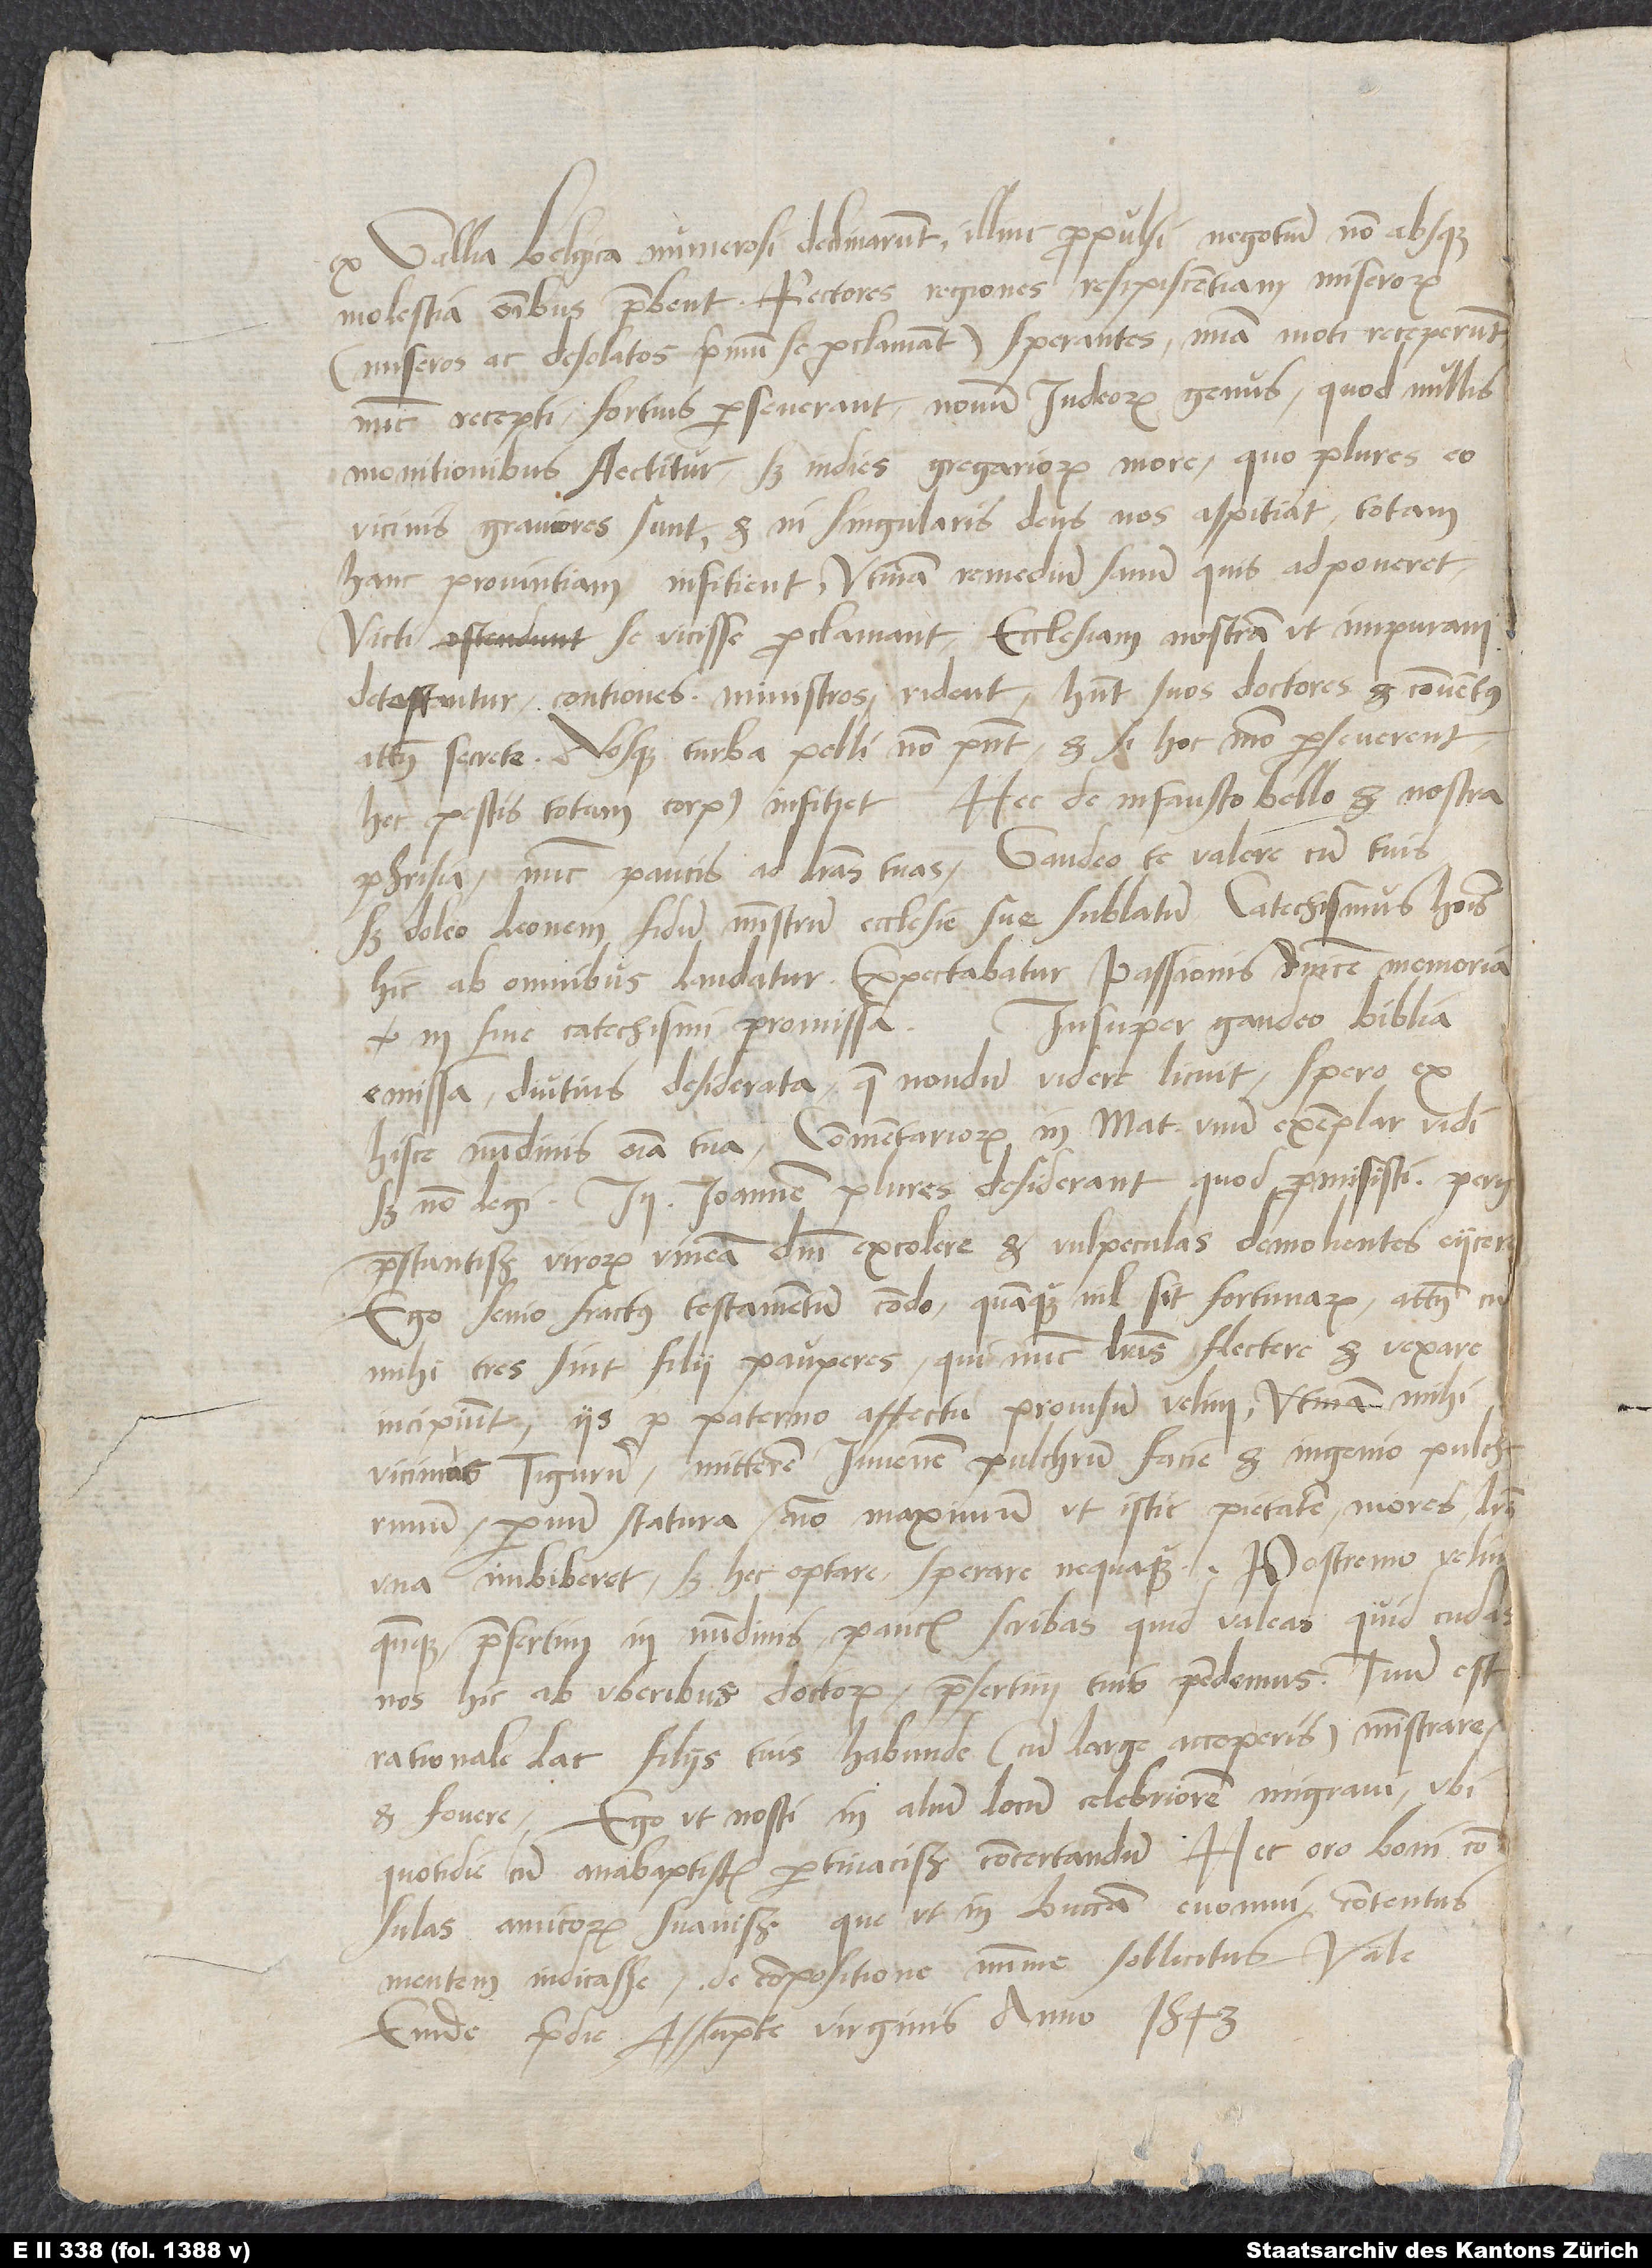
ex Gallia Belgica numerosi declinarunt illinc propulsi, negotium non absque
molestia omnibus praebent. Rectores, regiones resipiscentiam miserorum
(miseros ac desolatos primum se proclamant) sperantes misericordia moti receperunt;
nunc recepti fortius perseverant, novum Iudeorum genus, quod nullis
monitionibus flectitur, sed indies gregariorum more, quo plures, eo
vicinis graviores sunt, et ni singularis deus nos aspitiat, totam
hanc provintiam infitient. Utinam remedium sanum quis adponeret!
Victi se vicisse proclamant, ecclesiam nostram ut impuram
detestantur, contiones, ministros rident, habent suos doctores et conventus,
attamen secrete. Absque turba pelli non possunt, et si hoc modo perseverent,
hec pestis totum corpus infitiet. Hec de infausto bello et nostra
Phrisia. Nunc paucis ad literas tuas. Gaudeo te valere cum tuis,
sed doleo Leonem, fidum ministrum, ecclesie sue sublatum. Catechismus hominis
hic ab omnibus laudatur. Expectabatur passionis dominice memoria
in fine catechismi promissa. Insuper gaudeo biblia
emissa diutius desiderata, quae nondum videre licuit; spero ex
hisce nundinis omnia tua. Commentariorum in Mat unum exemplar vidi,
sed non legi; in Ioannem plures desiderant, quod promisisti. Perge,
praestantissime virorum, vineam domini excolere et vulpeculas demolientes eiicere.
Ego senio fractus testamentum condo, quanquam nil sit fortunarum; attamen
mihi tres sunt filii pauperes, qui nunc literas flectere et vexare
incipiunt; iis pro paterno affectu provisum velim. Utinam mihi
vicinius Tigurum; mitterem iuvenem pulchrum facie et ingenio pulcherrimum,
parvum statura, animo maximum, ut istic pietatem, mores bonos
una imbiberet; sed hec optare, sperare nequaquam. Postremo velim
quandoque, praesertim in nundinis, paucis scribas, quid valeas, quid cuda.
Nos hic ab uberibus doctorum, praesertim tuis, pendemus. Tuum est
rationale lac filiis tuis habunde (cum large acceperis) ministrare
et fovere. Ego, ut nosti, in alium locum celebriorem migravi, ubi
quotidie cum anabaptistis pertinacissimis concertandum. Hec, oro, boni consulas,
amicorum suavissime, que, ut in buccam, evomui contentus
mentem indicasse, de compositione minime sollicitus. Vale.
Emde, pridie assumpte virginis anno 1543.